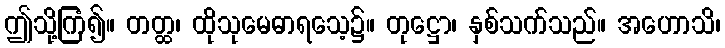
ဤသို့ကြံ၍။ တတ္ထ၊ ထိုသုမေဓာရသေ့၌။ တုဋ္ဌော၊ နှစ်သက်သည်။ အဟောသိ၊